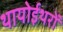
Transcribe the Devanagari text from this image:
थायोईथरों